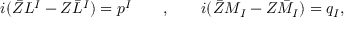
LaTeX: i ( \bar { Z } L ^ { I } - Z \bar { L } ^ { I } ) = p ^ { I } \qquad , \qquad i ( \bar { Z } M _ { I } - Z \bar { M } _ { I } ) = q _ { I } ,